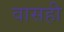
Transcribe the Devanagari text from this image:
वासही